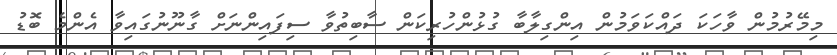
މިމޭރުމުން ވާހަކަ ދައްކަވަމުން އިންގިލާބާ ގުޅުންހުރިކަން ސާބިތުވާ ސިފައިންނަށް ގާނޫނުގައިވާ އެންމެ ބޮޑު